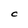
Character: C